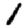
Digit: 1